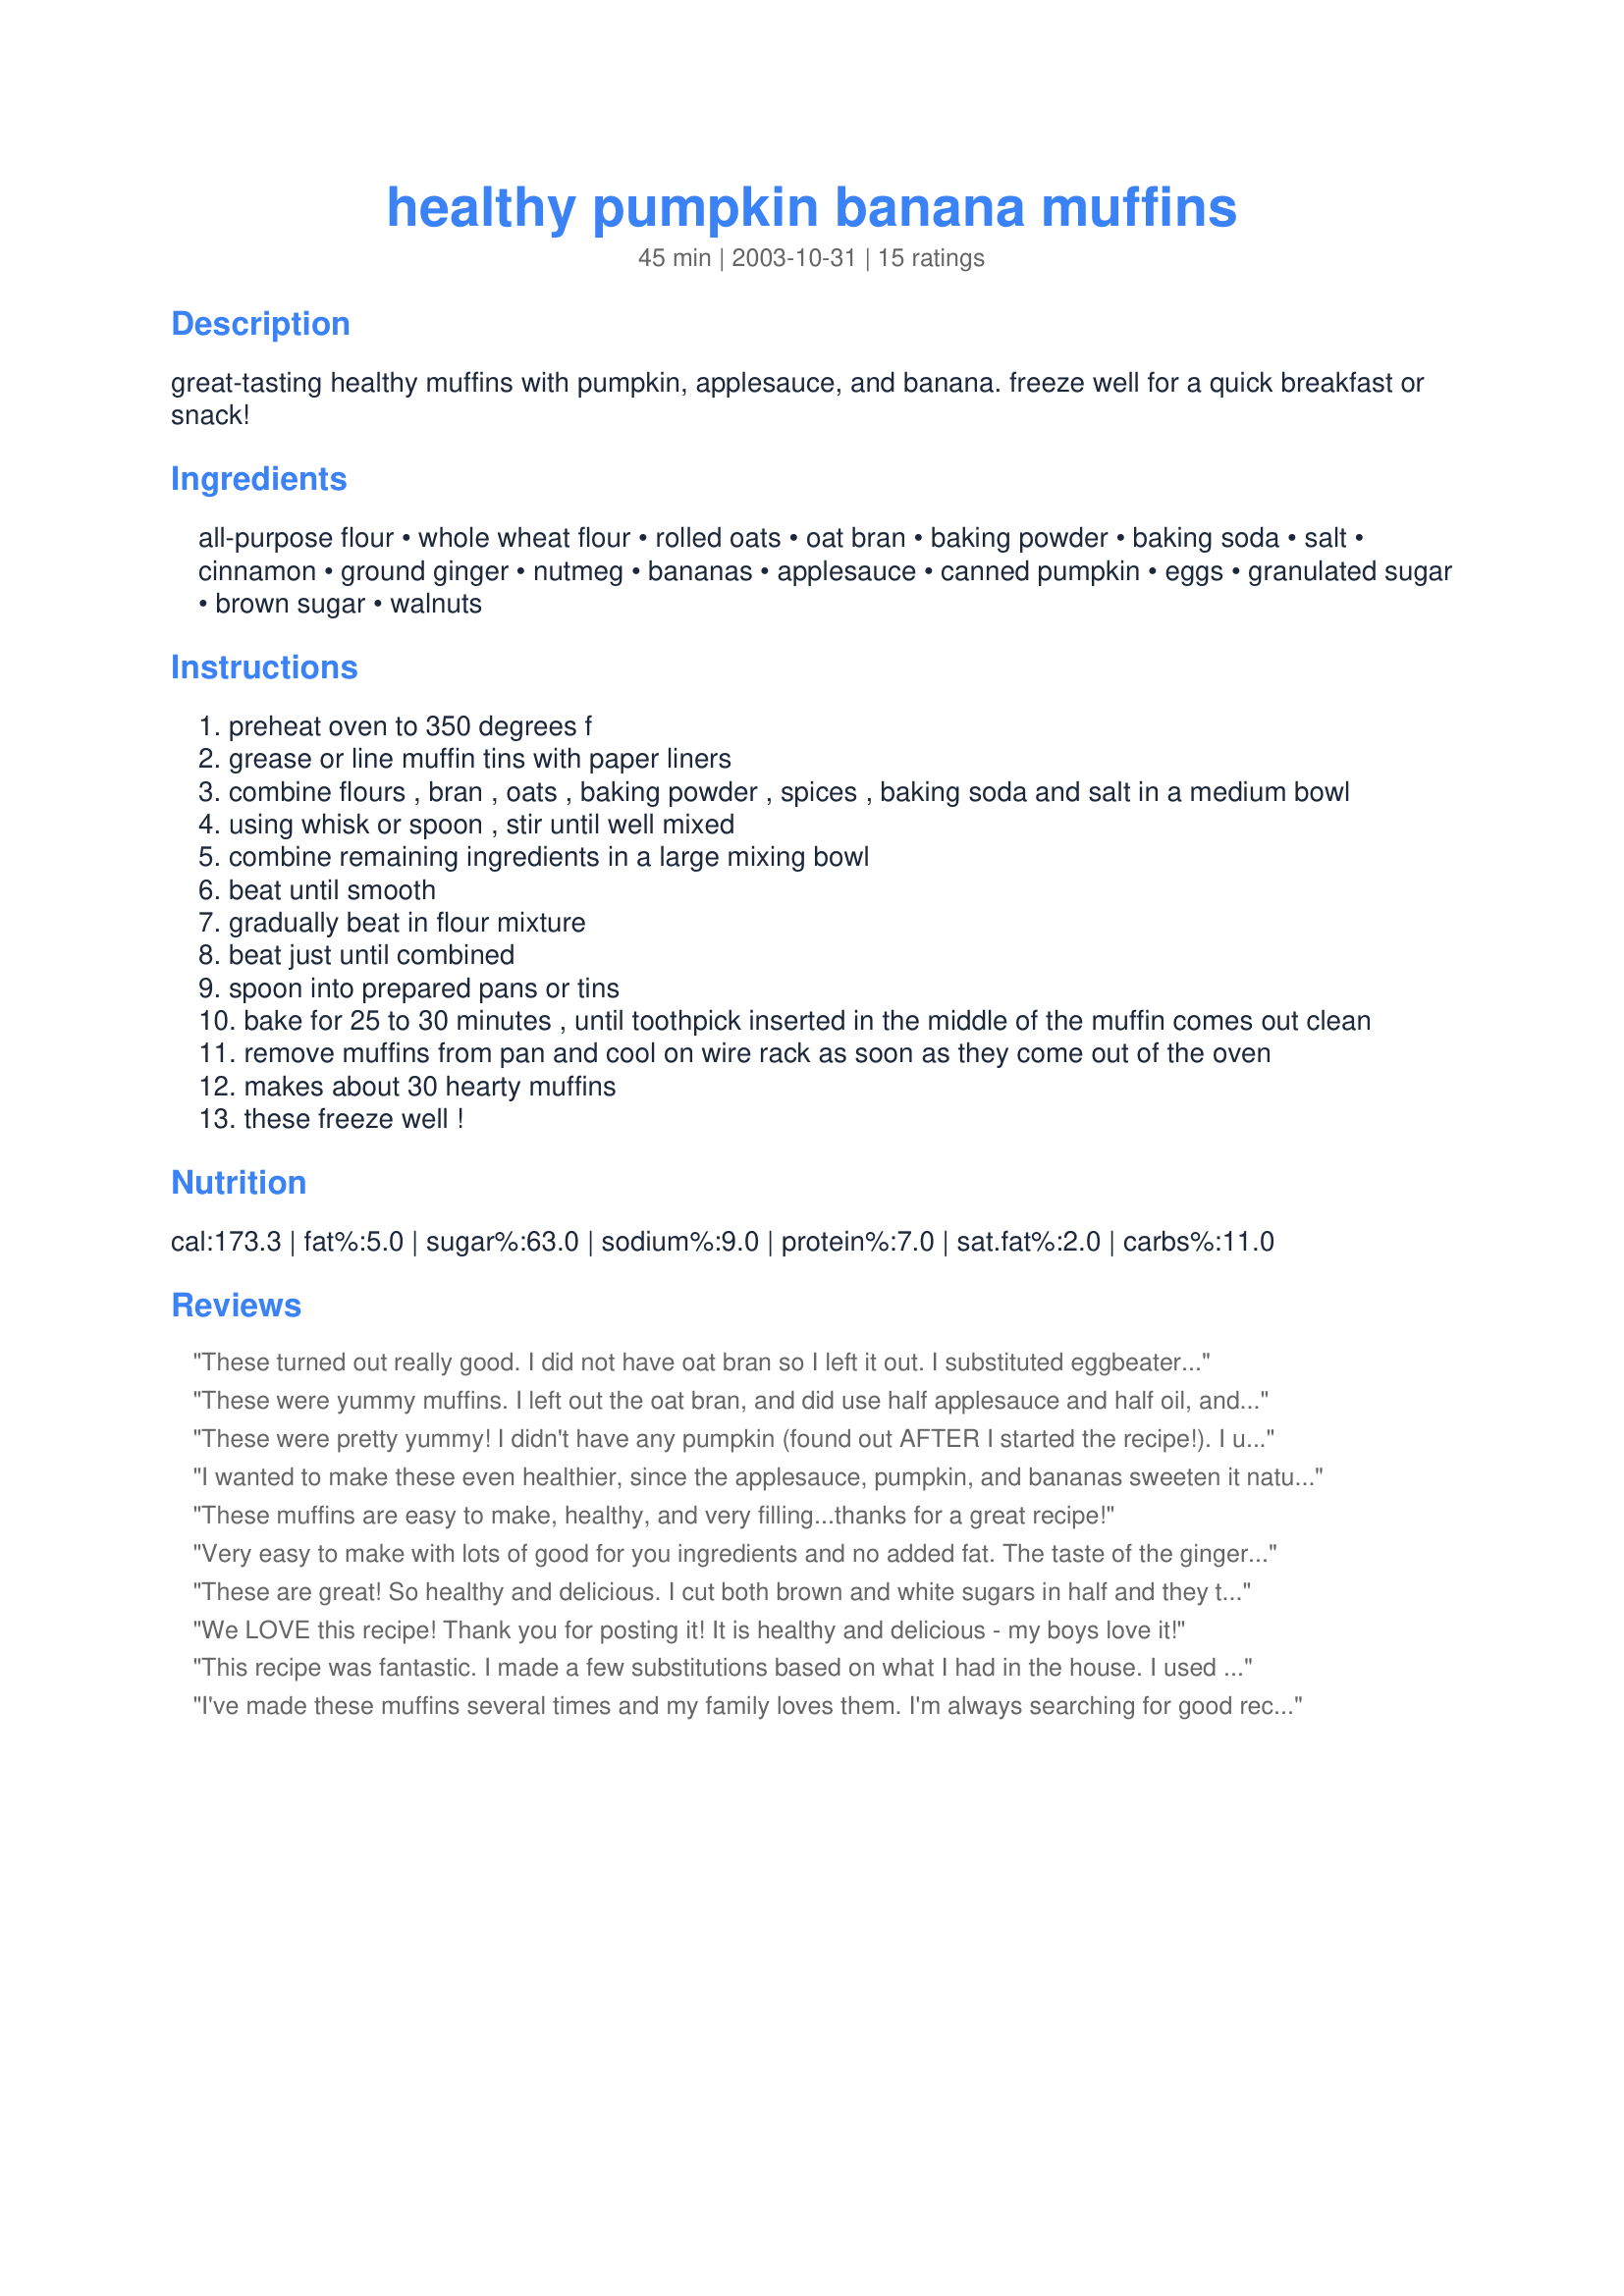
healthy pumpkin banana muffins
Preparation time: 45 minutes

great-tasting healthy muffins with pumpkin, applesauce, and banana. freeze well for a quick breakfast or snack!

Ingredients:
all-purpose flour, whole wheat flour, rolled oats, oat bran, baking powder, baking soda, salt, cinnamon, ground ginger, nutmeg, bananas, applesauce, canned pumpkin, eggs, granulated sugar, brown sugar, walnuts

Steps:
preheat oven to 350 degrees f
grease or line muffin tins with paper liners
combine flours , bran , oats , baking powder , spices , baking soda and salt in a medium bowl
using whisk or spoon , stir until well mixed
combine remaining ingredients in a large mixing bowl
beat until smooth
gradually beat in flour mixture
beat just until combined
spoon into prepared pans or tins
bake for 25 to 30 minutes , until toothpick inserted in the middle of the muffin comes out clean
remove muffins from pan and cool on wire rack as soon as they come out of the oven
makes about 30 hearty muffins
these freeze well !

Reviews:
These turned out really good. I did not have oat bran so I left it out. I substituted eggbeaters and only used half the sugar. I also got 36 muffins. It ends up being a delicious muffin for just under 100 calories. Thanks for posting!
These were yummy muffins. I left out the oat bran, and did use half applesauce and half oil, and cut both sugars in half. I mixed these with the muffin method instead ofthe cake method as directed. This makes a big batch of yummy muffins. I got 30 just as the recipe said I would.
These were pretty yummy! I didn't have any pumpkin (found out AFTER I started the recipe!). I used canned crushed pineapple instead. That worked great! My muffins BURNED in 20 minutes, so I cut the temp down to 325. Then I baked them for 17 minutes. That worked well. I used pecans instead of walnuts and sprinkled the nuts and cinnamon sugar on the top. That really added to the recipe!
I wanted to make these even healthier, since the applesauce, pumpkin, and bananas sweeten it naturally, I reduced the sugar to 1/2 cup sugar (I used succanant) and 1/2 cup brown sugar and they were just right. My picky eater daughter ate them right up.
These muffins are easy to make, healthy, and very filling...thanks for a great recipe!
Very easy to make with lots of good for you ingredients and no added fat. The taste of the ginger and nutmeg really came through. I found the muffin to be very dense and wonder if 1/2 cup of applesauce could be replaced with oil (blasphemy, I know!). Thanks, my2girls, for sharing your recipe!
These are great! So healthy and delicious. I cut both brown and white sugars in half and they turned out great. I didn't have oat bran so I just left it out.
Instead of making muffins, I baked 6 small loafs - they took a bit longer to bake (around 35-40 minutes). Delicious and nutritious, what could be better! Thanks my2girls!
We LOVE this recipe! Thank you for posting it! It is healthy and delicious - my boys love it!
This recipe was fantastic. I made a few substitutions based on what I had in the house. I used wheat bran instead of oat bran, splenda instead of white sugar, 1 cup of egg whites, 4 bananas (I wanted to use up what I had), and 1 and 1/2 cups of apple sauces to ensure they would be moist. I also left out the walnuts because I do not like them. They turned out great. I will definitely make these again!
I've made these muffins several times and my family loves them. I'm always searching for good recipes that use whole grains and other healthy items! We like them best with the slight ingredient changes that Lysa suggested. I also substitute a cup of raisins for the nuts, since I don't give my littlest one nuts yet. Before baking I sprinkle each muffin lightly with a little brown sugar. These turn out delicious every time! Thanks for sharing!
Hearty and yummy! My son made these with a mom-assist. We made some changes to match what we had, too. All whole wheat pastry flour (all the good stuff of whole wheat, but not the bitterness and grit) (no all purpose flour). We didn&#039;t have oat bran or walnuts, so we substituted a 1/2 cup ground golden flax (brown is too bitter) and 1/4 cup wheat germ. Only had 1/2 cup applesauce, so we used 1/2 cup olive oil, too. Tasty and hearty with just a bit of sweet. Cooked great in 24 minutes. Next time I&#039;ll try 4 bananas for more flavor.
Absolutely beautiful, beautiful and delicious muffins. <br/><br/>I made a few substitutions based on what I had on hand -- 1/2 cup rye flour, 1 1/2 cup whole wheat pastry flour, 1 cup oat bran, 2 cups all purpose flour. For the liquid part I substituted 1/2 cup greek yogurt for applesauce since I only had a cup. With all these changes, I had to add a bit of milk to incorporate all the flour. I did only bake for 20 min at 350 C. Next time, I would decrease the ginger a bit as personally ginger is not my favorite -- just by a little! <br/><br/>It's great that they were so adaptable and came out so well.
These were great! A lovley combination of spices and fruits. Makes a big batch but I am sure they will be gone fast!
Thanks for the recipe my2girls
Very yummy! I used 1 1/2 c white whole wheat flour and 2 c spelt flour. I also didn't have oat bran and used 1/4 c flax meal. I used 1 c coconut sugar and 1/2 c maple syrup for the sweetener and only had 2 bananas so I used an extra bit of pumpkin puree. I also only had 3/4 c applesauce so I had to use 1/4 c olive oil. Made regular and mini muffins and my kids love them. I will definitely make again.
I love healthy foods that are tasty and this recipe fits the bill. I used fresh cooked pumpkin and I topped the muffins with some chopped walnuts and cinnamon sugar. Very good!
